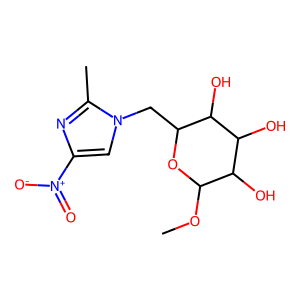
SMILES: COC1OC(Cn2cc([N+](=O)[O-])nc2C)C(O)C(O)C1O
Inhibits HIV replication: No